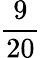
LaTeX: \frac{9}{20}